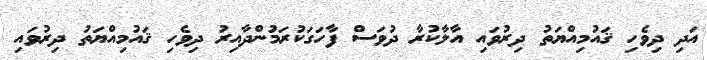
އަދި ދިވެހި ޤައުމިއްޔަތު ދިރުވައި އާލާކުރާ ދުވަސް ފާހަގަކުރަމުންދާއިރު ދިވެހި ޤައުމިއްޔަތު ދިރުވައި